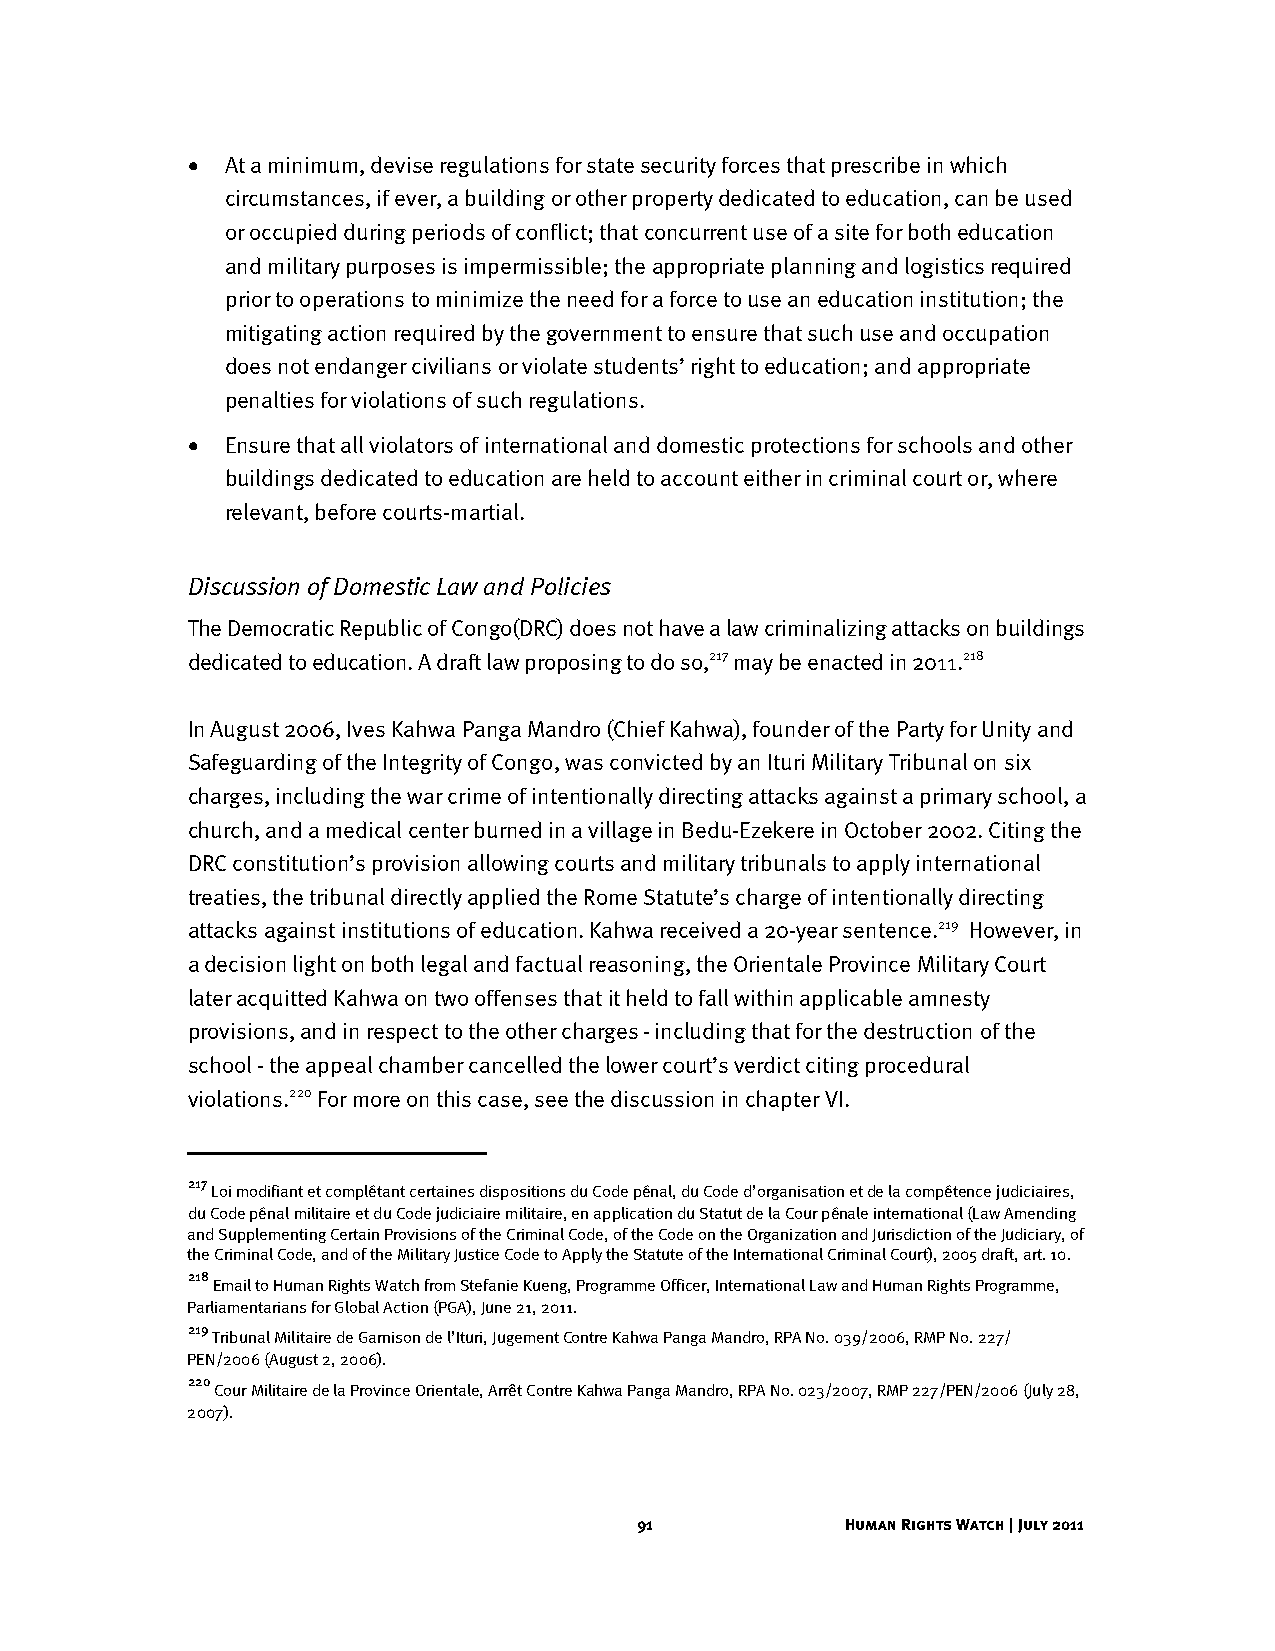
•  At a minimum, devise regulations for state security forces that prescribe in which
 circumstances, if ever, a building or other property dedicated to education, can be used
 or occupied during periods of conflict; that concurrent use of a site for both education
 and military purposes is impermissible; the appropriate planning and logistics required
 prior to operations to minimize the need for a force to use an education institution; the
 mitigating action required by the government to ensure that such use and occupation
 does not endanger civilians or violate students’ right to education; and appropriate
 penalties for violations of such regulations.
 •  Ensure that all violators of international and domestic protections for schools and other
 buildings dedicated to education are held to account either in criminal court or, where
 relevant, before courts-martial.
 Discussion of Domestic Law and Policies
 The Democratic Republic of Congo(DRC) does not have a law criminalizing attacks on buildings
 dedicated to education. A draft law proposing to do so,217 may be enacted in 2011.218
 In August 2006, Ives Kahwa Panga Mandro (Chief Kahwa), founder of the Party for Unity and
 Safeguarding of the Integrity of Congo, was convicted by an Ituri Military Tribunal on six
 charges, including the war crime of intentionally directing attacks against a primary school, a
 church, and a medical center burned in a village in Bedu-Ezekere in October 2002. Citing the
 DRC constitution’s provision allowing courts and military tribunals to apply international
 treaties, the tribunal directly applied the Rome Statute’s charge of intentionally directing
 attacks against institutions of education. Kahwa received a 20-year sentence.219 However, in
 a decision light on both legal and factual reasoning, the Orientale Province Military Court
 later acquitted Kahwa on two offenses that it held to fall within applicable amnesty
 provisions, and in respect to the other charges - including that for the destruction of the
 school - the appeal chamber cancelled the lower court’s verdict citing procedural
 violations.220 For more on this case, see the discussion in chapter VI.
 217
 Loi modifiant et complétant certaines dispositions du Code pénal, du Code d’organisation et de la compétence judiciaires,
 du Code pénal militaire et du Code judiciaire militaire, en application du Statut de la Cour pénale international (Law Amending
 and Supplementing Certain Provisions of the Criminal Code, of the Code on the Organization and Jurisdiction of the Judiciary, of
 the Criminal Code, and of the Military Justice Code to Apply the Statute of the International Criminal Court), 2005 draft, art. 10.
 218
 Email to Human Rights Watch from Stefanie Kueng, Programme Officer, International Law and Human Rights Programme,
 Parliamentarians for Global Action (PGA), June 21, 2011.
 219
 Tribunal Militaire de Garnison de l’Ituri, Jugement Contre Kahwa Panga Mandro, RPA No. 039/2006, RMP No. 227/
 PEN/2006 (August 2, 2006).
 220
 Cour Militaire de la Province Orientale, Arrêt Contre Kahwa Panga Mandro, RPA No. 023/2007, RMP 227/PEN/2006 (July 28,
 2007).
 91            Human Rights Watch | July 2011